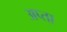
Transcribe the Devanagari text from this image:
अप्ता